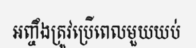
អញ្ចឹងត្រូវប្រើពេលមួយយប់